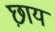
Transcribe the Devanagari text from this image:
छ़ाय